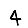
Digit: 4